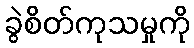
ခွဲစိတ်ကုသမှုကို